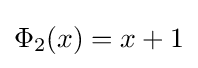
\Phi _{2}(x)=x+1